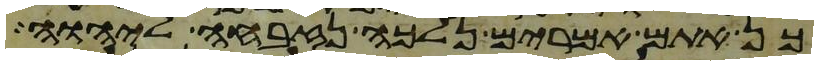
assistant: כן אתם אמרים נלכה נזבחה ליהוה